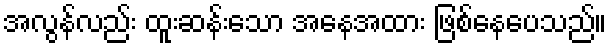
အလွန်လည်း ထူးဆန်းသော အနေအထား ဖြစ်နေပေသည်။